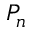
P _ { n }